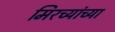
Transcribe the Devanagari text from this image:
मिरच्यांच्या